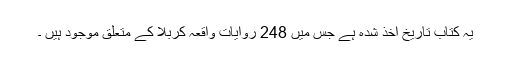
یہ کتاب تاریخ اخذ شدہ ہے جس میں 248 روایات واقعہ کربلا کے متعلق موجود ہیں ۔